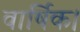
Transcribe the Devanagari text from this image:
वार्षिक।